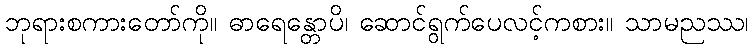
ဘုရားစကားတော်ကို။ ဓာရေန္တောပိ၊ ဆောင်ရွက်ပေလင့်ကစား။ သာမညဿ၊